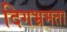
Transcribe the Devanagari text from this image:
दिगभ्रमता